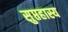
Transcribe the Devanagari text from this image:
सुप्तहास्य